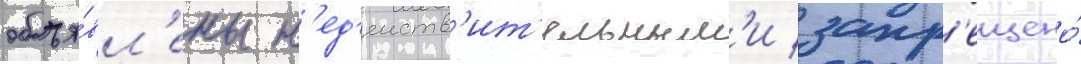
объя́вл'ены н'ед'еиств'ит'ельным'и / запр'ещено́